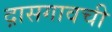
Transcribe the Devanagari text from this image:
द़ासगावची